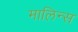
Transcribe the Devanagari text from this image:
मालिन्स